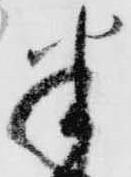
半